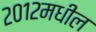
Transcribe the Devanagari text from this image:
२०१२मधील